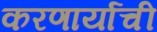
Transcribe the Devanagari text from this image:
करणार्याची